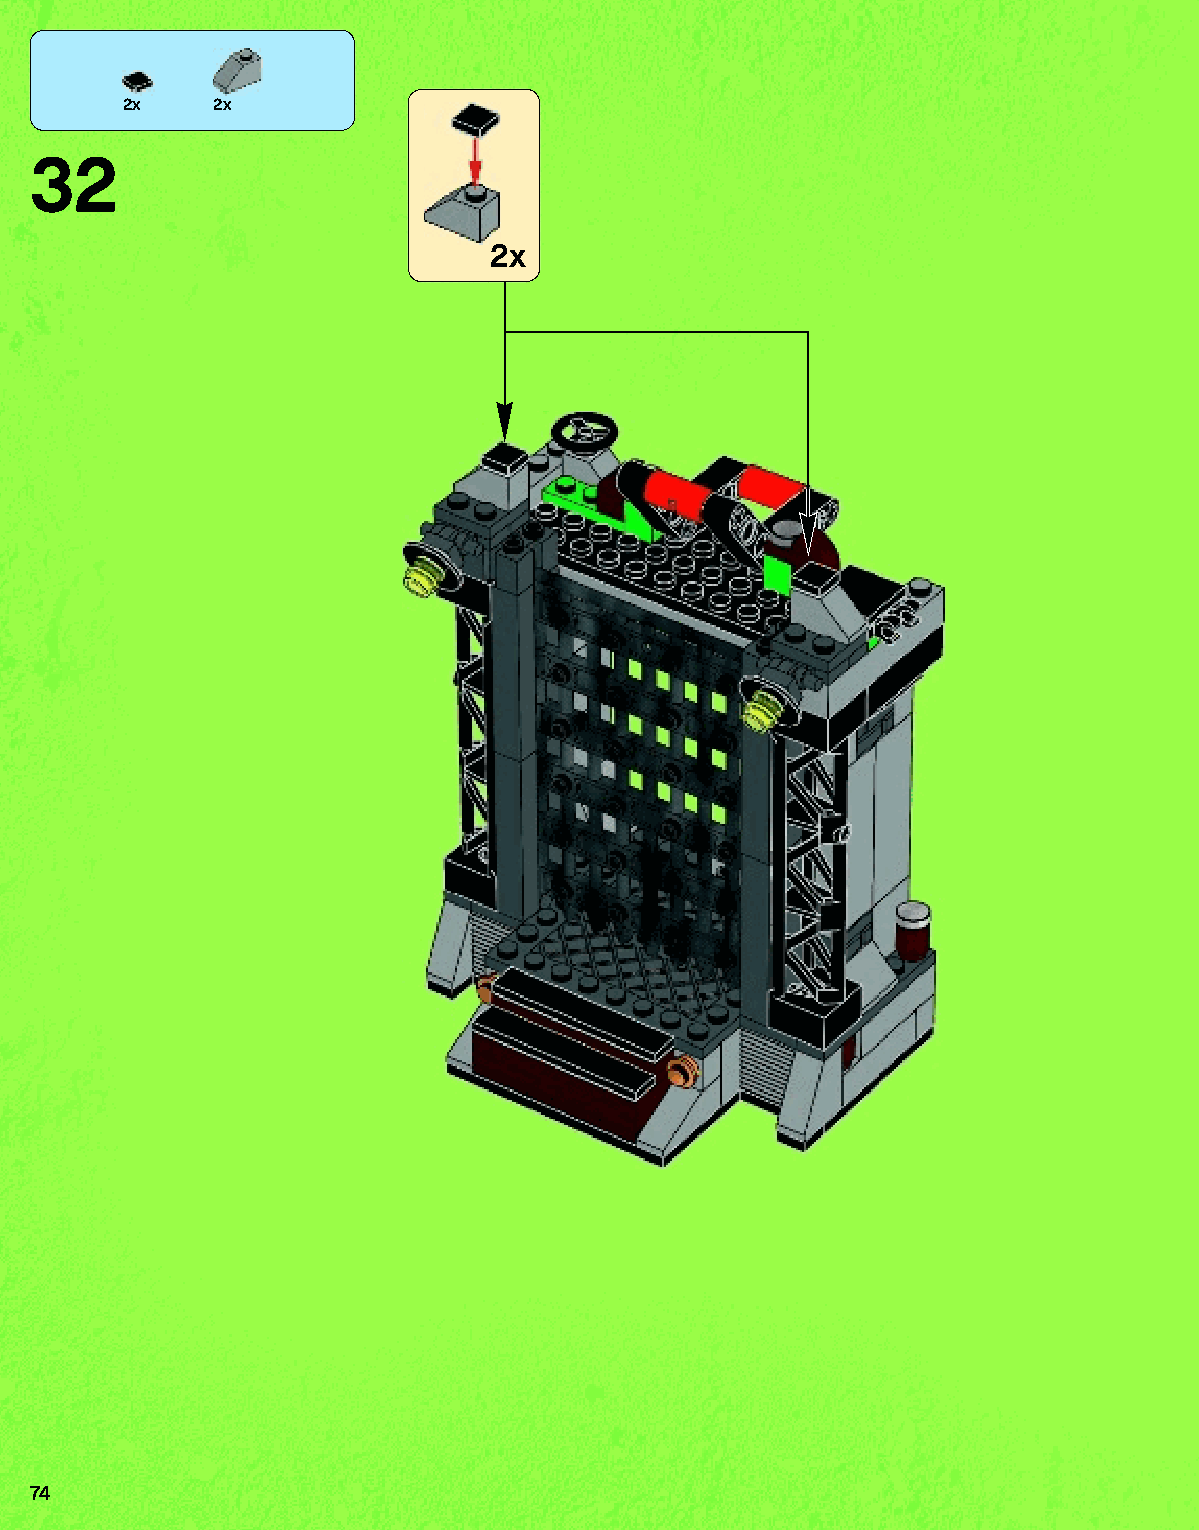
2x    2x
 32
 2x
 74
 79117_Book1.indd 74                                               01/11/2013 4:36 PM